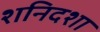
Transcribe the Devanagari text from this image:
शनिदशा